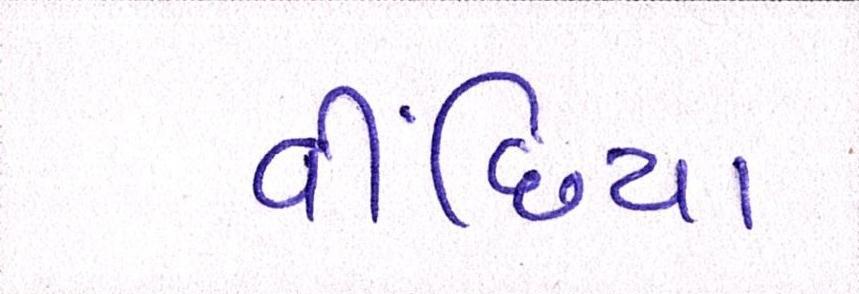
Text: વીંછિયા